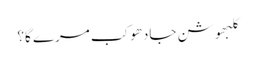
کلبھوشن جادھو کب مرے گا؟